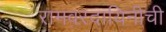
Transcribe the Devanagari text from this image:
रामवरदायिनीची